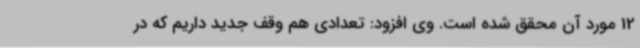
12 مورد آن محقق شده است. وی افزود: تعدادی هم وقف جدید داریم که در